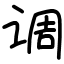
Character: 调